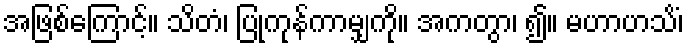
အဖြစ်ကြောင့်။ သိတံ၊ ပြုကုန်ကာမျှကို။ အကတွာ၊ ၍။ မဟာဟသိံ၊